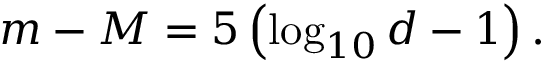
m - M = 5 \left( \log _ { 1 0 } d - 1 \right) .